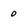
Character: 0